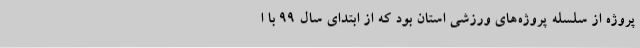
پروژه از سلسله پروژه‌های ورزشی استان بود که از ابتدای سال 99 با ا